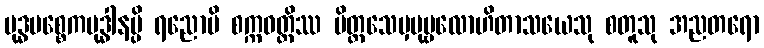
ဗုဒ္ဓပစ္စေကဗုဒ္ဓါနမ္ပိ ရညောပိ စက္ကဝတ္တိဿ ပိတ္တသေမှပုဗ္ဗလောဟိတာသယေသု စတူသု အညတရော